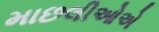
માછલીઓએ